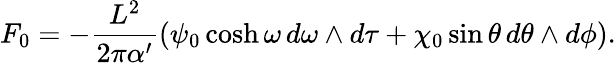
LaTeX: F_{0}=-\frac{L^{2}}{2\pi\alpha^{\prime}}\left(\psi_{0}\cosh\omega\, d\omega\wedge d\tau+\chi_{0}\sin\theta\, d\theta\wedge d\phi\right).